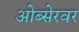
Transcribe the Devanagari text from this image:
ओब्सेरवर